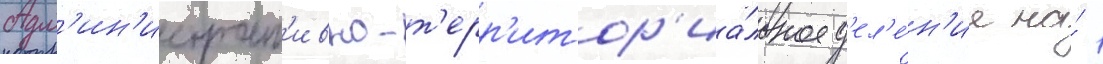
Адм'ин'истрат'ивно-т'ерр'итор'иа́льное д'ел'е́н'ие на́ 1